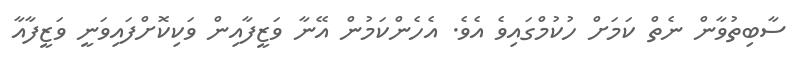
ސާބިތުވާން ނެތް ކަމަށް ހުކުމްގައިވެ އެވެ. އެހެންކަމުން އޭނާ ވަޒީފާއިން ވަކިކޮށްފައިވަނީ ވަޒީފާއާ